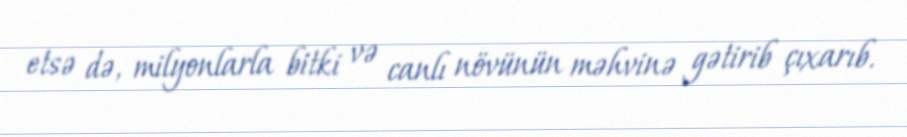
etsə də, milyonlarla bitki və canlı növünün məhvinə gətirib çıxarıb.